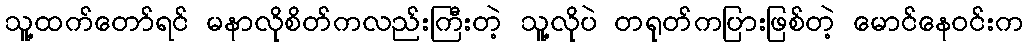
သူ့ထက်တော်ရင် မနာလိုစိတ်ကလည်းကြီးတဲ့ သူ့လိုပဲ တရုတ်ကပြားဖြစ်တဲ့ မောင်နေဝင်းက